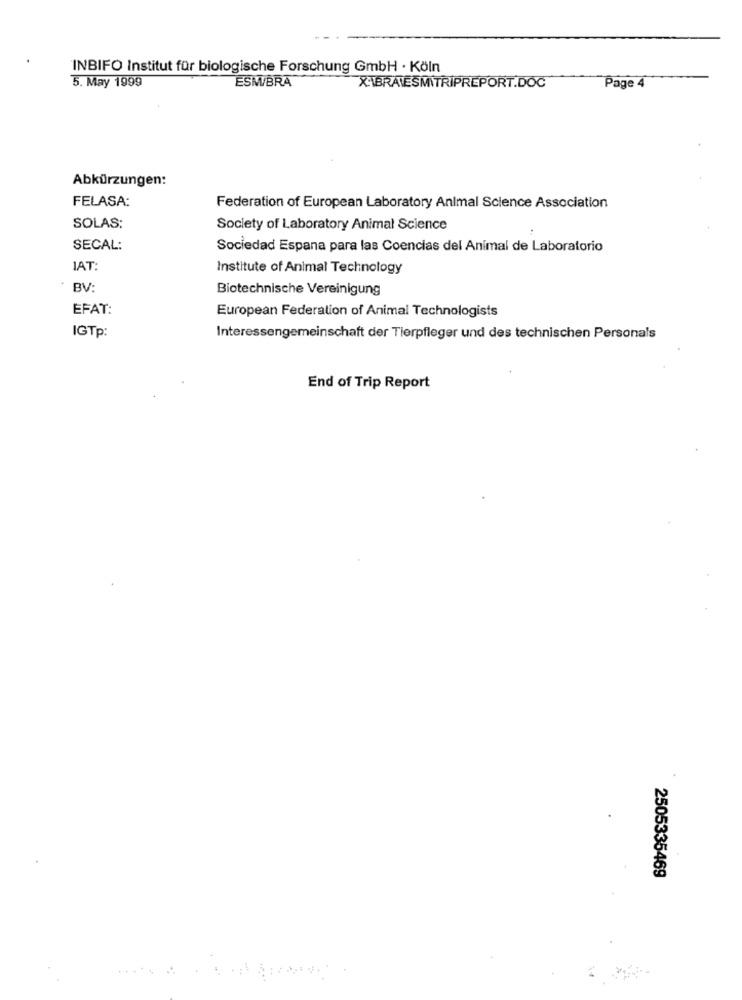
INBIFO Institut für biologische Forschung GmbH · Köln
ESM/BRA
5. May 1999
XABRAVESMITRIPREPORT.DOC
Page 4
Abkürzungen:
FELASA:
Federation of European Laboratory Animal Science Association
SOLAS:
Society of Laboratory Animal Science
SECAL:
Sociedad Espana para las Coencias del Animal de Laboratorio
IAT:
Institute of Animal Technology
BV:
Biotechnische Vereinigung
EFAT:
European Federation of Animal Technologists
IGTp:
Interessengemeinschaft der Tierpfleger und des technischen Personals
End of Trip Report
2505335469